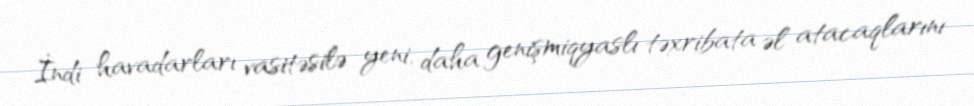
İndi havadarları vasitəsilə yeni, daha genişmiqyaslı təxribata əl atacaqlarını